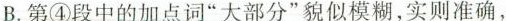
B.第④段中的加点词“大部分”貌似模糊,实则准确，